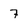
Character: 7